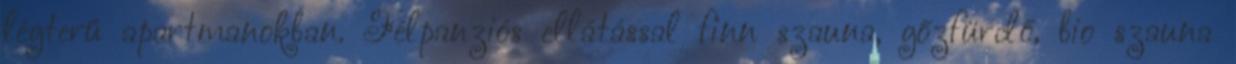
légterű apartmanokban. Félpanziós ellátással finn szauna, gőzfürdő, bio szauna